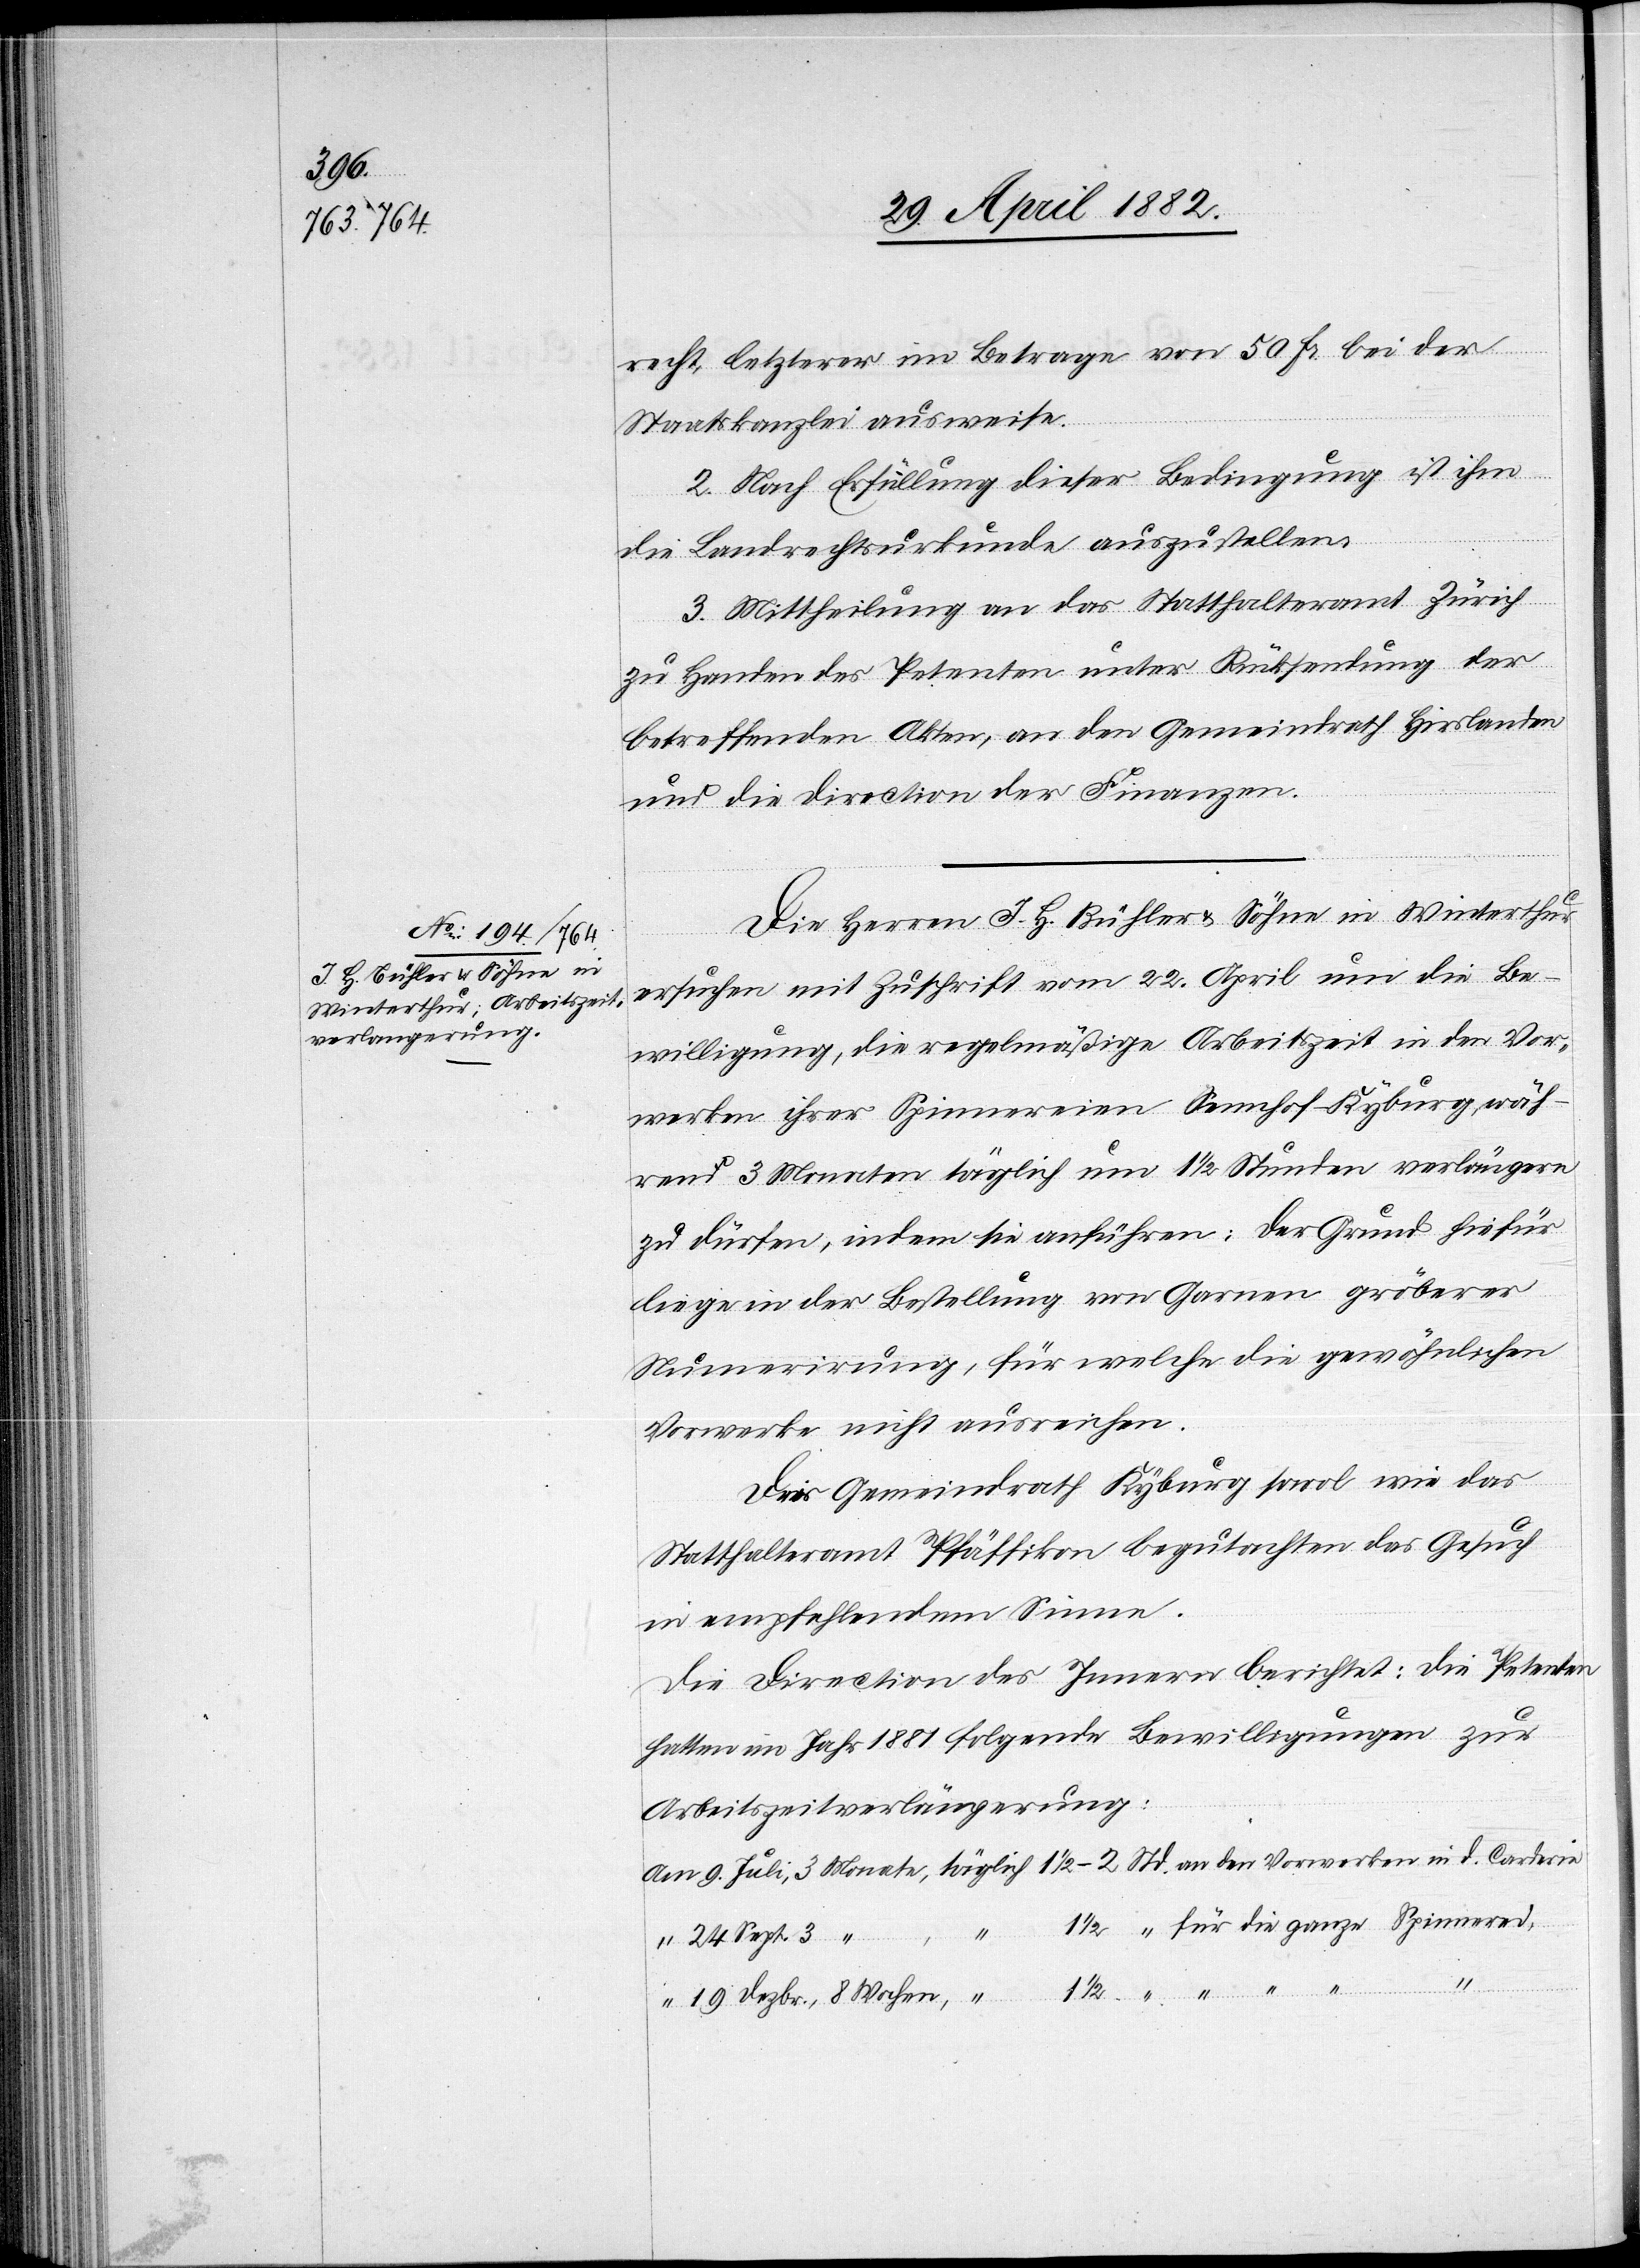
recht, letzterer im Betrage von 50 Fr. bei der
Staatskanzlei ausweise.
2. Nach Erfüllung dieser Bedingung ist ihm
die Landrechtsurkunde auszustellen.
3. Mittheilung an das Statthalteramt Zürich
zu Handen des Petenten unter Rücksendung der
betreffenden Akten, an den Gemeindrath Hirslanden
und die Direction der Finanzen.
Die Herren J. H. Bühler & Söhne in Winterthur
ersuchen mit Zuschrift vom 22. April um die Be¬
willigung, die regelmäßige Arbeitszeit in den Vor¬
werken ihrer Spinnereien [sic!] Sennhof - Kyburg, während
zu dürfen, indem sie anführen: Der Grund hiefür
liege in der Bestellung von Garnen größerer
Num[m]erirung, für welche die gewöhnlichen
Vorwerke nicht ausreichen.
Der Gemeindrath Kyburg sowol wie das
Statthalteramt Pfäffikon begutachten das Gesuch
in empfehlendem Sinne.
Die Direction des Innern berichtet: Die Petenten
hatten im Jahr 1881 folgende Bewilligungen zur
Arbeitszeitverlängerung:
19.